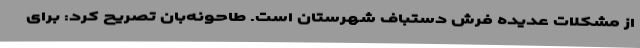
از مشکلات عدیده فرش دستباف شهرستان است. طاحونه‌بان تصریح کرد: برای